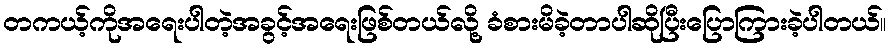
တကယ့်ကိုအရေးပါတဲ့အခွင့်အရေးဖြစ်တယ်လို့ ခံစားမိခဲ့တာပါဆိုပြီးပြောကြားခဲ့ပါတယ်။